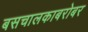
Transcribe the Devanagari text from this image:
बसचालकाबरोबर